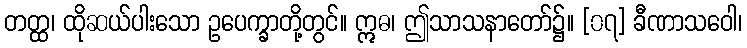
တတ္ထ၊ ထိုဆယ်ပါးသော ဥပေက္ခာတို့တွင်။ ဣဓ၊ ဤသာသနာတော်၌။ [၀၇] ခီဏာသဝေါ၊